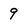
Character: 9